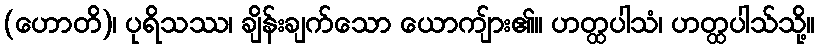
(ဟောတိ)၊ ပုရိသဿ၊ ချိန်းချက်သော ယောကျ်ား၏။ ဟတ္ထပါသံ၊ ဟတ္ထပါသ်သို့။